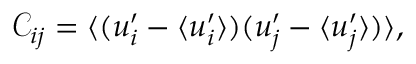
\begin{array} { r } { \mathcal { C } _ { i j } = \langle ( u _ { i } ^ { \prime } - \langle u _ { i } ^ { \prime } \rangle ) ( u _ { j } ^ { \prime } - \langle u _ { j } ^ { \prime } \rangle ) \rangle , } \end{array}